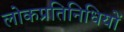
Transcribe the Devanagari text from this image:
लोकप्रतिनिधियों